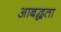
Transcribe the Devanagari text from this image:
आबद्धता